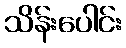
သိန်းပေါင်း